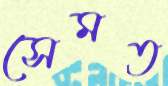
সেমত